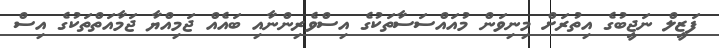
ފަޒީލް ނަޖީބުގެ އިތުރަށް މިނިވަން މުއައްސަސާތަކުގެ އިސްވެރިންނާއި ބައެއް ޖަމިއްޔާ ޖަމާއަތްތަކުގެ އިސް